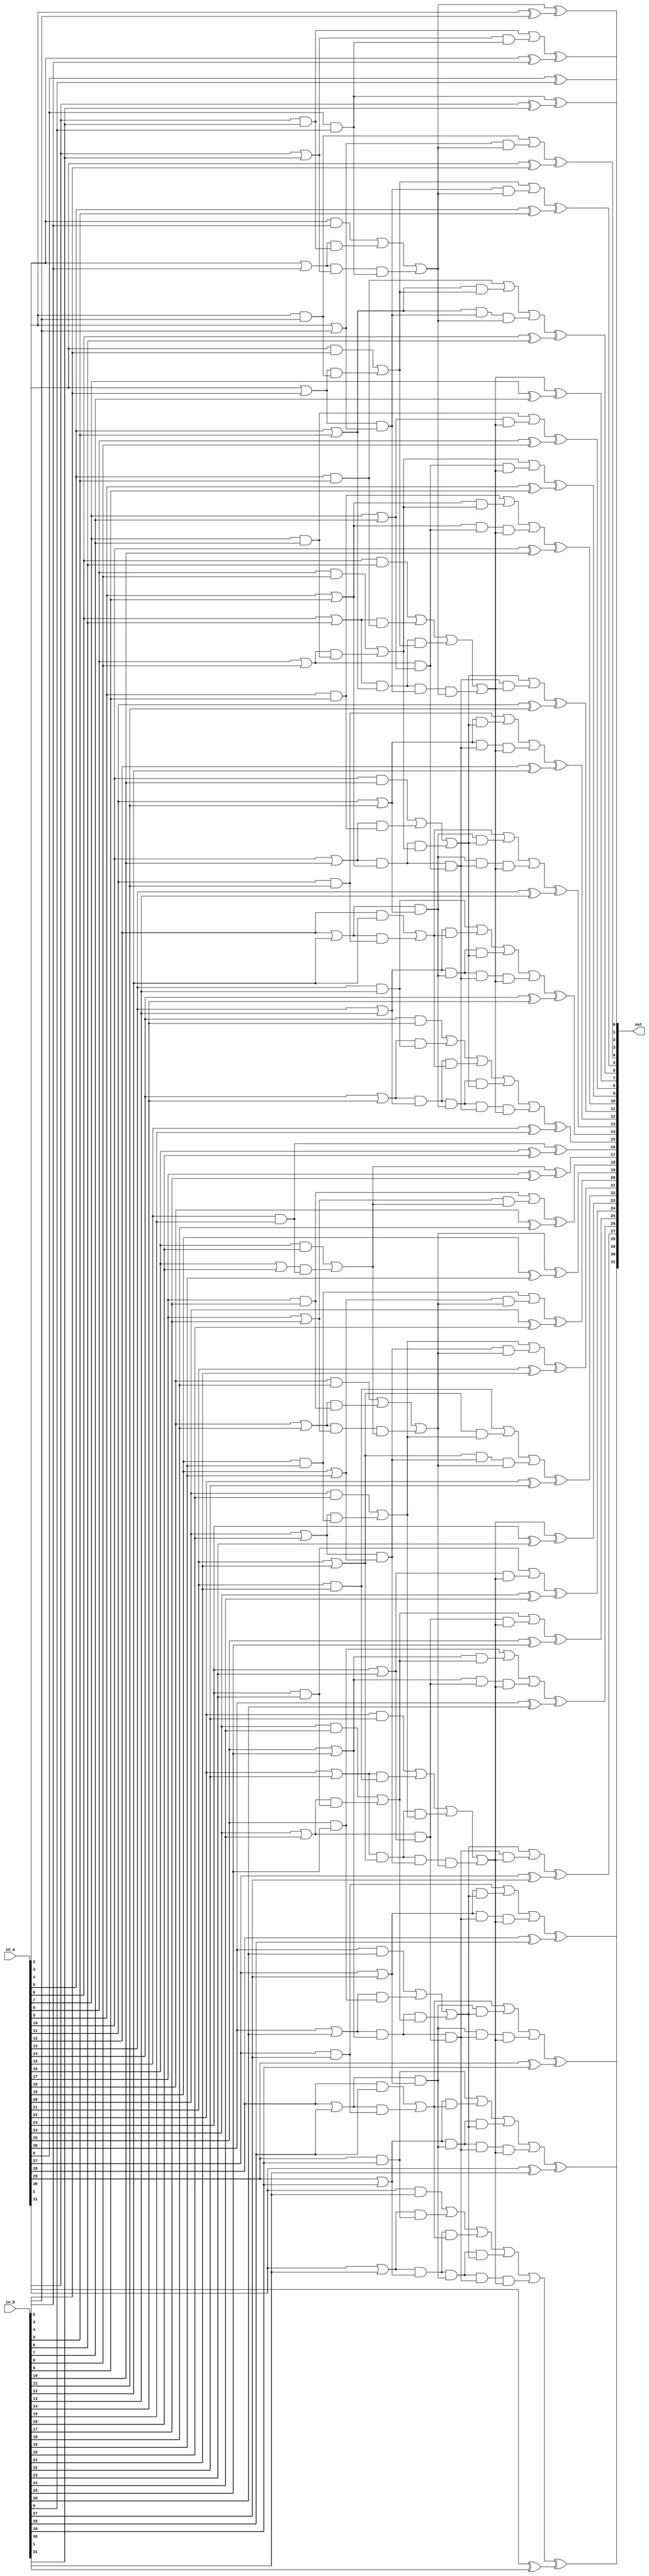
`timescale 1ns / 1ps
//////////////////////////////////////////////////////////////////////////////////
// Company:
// Engineer: ?
//
// Design Name: ??
// Module Name: prefix_adder
// Project Name:
// Target Devices:
// Tool Versions:
// Description:
//
// Dependencies:
//
// Revision:
// Revision 0.01 - File Created
// Additional Comments:
//
//////////////////////////////////////////////////////////////////////////////////


module prefix_adder(
    input wire [31:0] in_a,
    input wire [31:0] in_b,
    output wire [31:0] out
    );
    assign out[0] = in_a[0] ^ in_b[0];
    // initial
    wire [31:0] P;
    wire [31:0] G;
//    integer i;
    genvar i;
    generate
//    always @ (*)
//    begin
        for (i = 0;i<32;i = i + 1)
        begin
            assign P[i] = in_a[i] | in_b[i];
            assign G[i] = in_a[i] & in_b[i];
        end
//    end
    endgenerate
    // first layer
    wire [31:0] P1;
    wire [31:0] G1;
    generate
        for (i = 1;i < 30;i = i + 2)
        begin
            assign P1[i] = P[i];
            assign G1[i] = G[i];
            assign P1[i + 1] = P[i + 1] & P[i];
            assign G1[i + 1] = G[i + 1] | (P[i + 1] & G[i]) ;
        end
    endgenerate
    assign P1[0] = P[0] & 1'b0;
    assign G1[0] = G[0] | (P[0] & 1'b0) ;
    assign P1[31] = P[31];
    assign G1[31] = G[31];
    //second layer
    wire [31:0] P2;
    wire [31:0] G2;
    generate
        for (i = 0;i < 32;i = i + 4)
        begin
            assign P2[i] = P1[i];
            assign G2[i] = G1[i];
            assign P2[i + 1] = P1[i + 1] & P1[i];
            assign G2[i + 1] = G1[i + 1] | (P1[i + 1] & G1[i]) ;
            assign P2[i + 2] = P1[i + 2] & P1[i];
            assign G2[i + 2] = G1[i + 2] | (P1[i + 2] & G1[i]) ;
            assign P2[i + 3] = P1[i + 3];
            assign G2[i + 3] = G1[i + 3];
        end
    endgenerate
    //third layer
    wire [31:0] P3;
    wire [31:0] G3;
    generate
        for (i = 2;i < 32;i = i + 8)
        begin
            assign P3[i - 2] = P2[i - 2];
            assign G3[i - 2] = G2[i - 2];
            assign P3[i - 1] = P2[i - 1];
            assign G3[i - 1] = G2[i - 1];
            assign P3[i] = P2[i];
            assign G3[i] = G2[i];
            assign P3[i + 1] = P2[i + 1] & P2[i];
            assign G3[i + 1] = G2[i + 1] | (P2[i + 1] & G2[i]) ;
            assign P3[i + 2] = P2[i + 2] & P2[i];
            assign G3[i + 2] = G2[i + 2] | (P2[i + 2] & G2[i]) ;
            assign P3[i + 3] = P2[i + 3] & P2[i];
            assign G3[i + 3] = G2[i + 3] | (P2[i + 3] & G2[i]) ;
            assign P3[i + 4] = P2[i + 4] & P2[i];
            assign G3[i + 4] = G2[i + 4] | (P2[i + 4] & G2[i]) ;
            assign P3[i + 5] = P2[i + 5];
            assign G3[i + 5] = G2[i + 5];
        end
    endgenerate
    //forth layer
    wire [31:0] P4;
    wire [31:0] G4;
    generate
        for (i = 6;i < 32;i = i + 16)
        begin
            assign P4[i - 6] = P3[i - 6];
            assign G4[i - 6] = G3[i - 6];
            assign P4[i - 5] = P3[i - 5];
            assign G4[i - 5] = G3[i - 5];
            assign P4[i - 4] = P3[i - 4];
            assign G4[i - 4] = G3[i - 4];
            assign P4[i - 3] = P3[i - 3];
            assign G4[i - 3] = G3[i - 3];
            assign P4[i - 2] = P3[i - 2];
            assign G4[i - 2] = G3[i - 2];
            assign P4[i - 1] = P3[i - 1];
            assign G4[i - 1] = G3[i - 1];
            assign P4[i] = P3[i];
            assign G4[i] = G3[i];
            assign P4[i + 1] = P3[i + 1] & P3[i];
            assign G4[i + 1] = G3[i + 1] | (P3[i + 1] & G3[i]) ;
            assign P4[i + 2] = P3[i + 2] & P2[i];
            assign G4[i + 2] = G3[i + 2] | (P3[i + 2] & G3[i]) ;
            assign P4[i + 3] = P3[i + 3] & P2[i];
            assign G4[i + 3] = G3[i + 3] | (P3[i + 3] & G3[i]) ;
            assign P4[i + 4] = P3[i + 4] & P2[i];
            assign G4[i + 4] = G3[i + 4] | (P3[i + 4] & G3[i]) ;
            assign P4[i + 5] = P3[i + 5] & P3[i];
            assign G4[i + 5] = G3[i + 5] | (P3[i + 5] & G3[i]) ;
            assign P4[i + 6] = P3[i + 6] & P2[i];
            assign G4[i + 6] = G3[i + 6] | (P3[i + 6] & G3[i]) ;
            assign P4[i + 7] = P3[i + 7] & P2[i];
            assign G4[i + 7] = G3[i + 7] | (P3[i + 7] & G3[i]) ;
            assign P4[i + 8] = P3[i + 8] & P2[i];
            assign G4[i + 8] = G3[i + 8] | (P3[i + 8] & G3[i]) ;
            assign P4[i + 9] = P3[i + 9];
            assign G4[i + 9] = G3[i + 9];
        end
    endgenerate
    //end layer
    generate
    for (i = 1;i<32;i = i + 1)
        begin
            assign out[i] = G4[i - 1] ^ (in_a[i] ^ in_b[i]);
        end
    endgenerate
endmodule